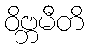
ဝိဗ္ဘမီတိ